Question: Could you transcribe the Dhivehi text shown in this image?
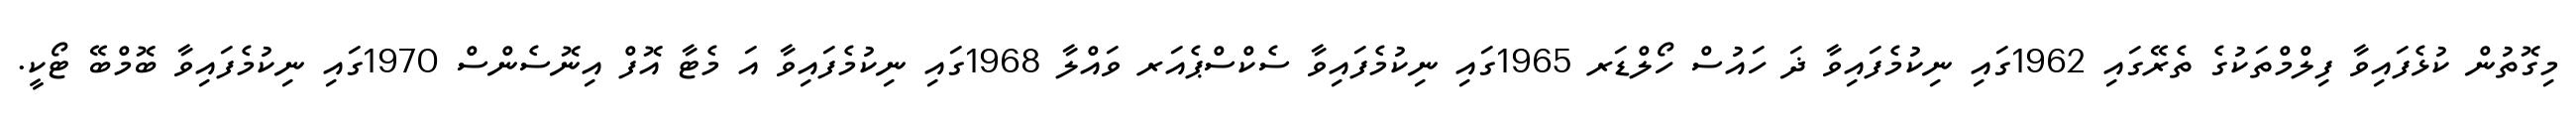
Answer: މިގޮތުން ކުޅެފައިވާ ފިލްމްތަކުގެ ތެރޭގައި 1962ގައި ނިކުމެފައިވާ ޛަ ހައުސް ހޯލްޑަރ 1965ގައި ނިކުމެފައިވާ ސެކްސްޕެއަރ ވައްލާ 1968ގައި ނިކުމެފައިވާ އަ މެޓާ އޮފް އިނޮސެންސް 1970ގައި ނިކުމެފައިވާ ބޮމްބޭ ޓޯކީ.